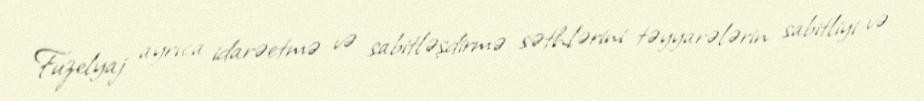
Fuzelyaj ayrıca idarəetmə və sabitləşdirmə səthlərini təyyarələrin sabitliyi və